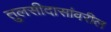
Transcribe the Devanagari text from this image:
तुलसीदासांवरील